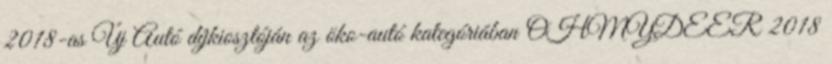
2018-as Új Autó díjkiosztóján az öko-autó kategóriában OHMYDEER 2018